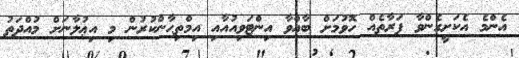
އެންމެ އެކަށީގެންވާ ފަރާތެއް ހޮވުމަށް ބާއްވާ އިންޓަވިއުއާއި އިމްތިޙާންކުރުން މި އިޢުލާނަށް މުއްދަތު